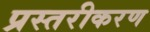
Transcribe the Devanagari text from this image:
प्रस्तरीकरण